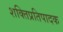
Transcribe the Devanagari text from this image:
शक्तिप्रतिपादक